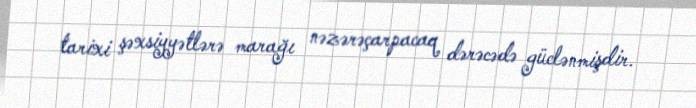
tarixi şəxsiyyətlərə marağı nəzərəçarpacaq dərəcədə güclənmişdir.